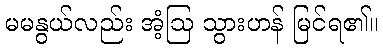
မမနွယ်လည်း အံ့ဩ သွားဟန် မြင်ရ၏။